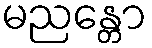
မညန္တော